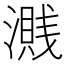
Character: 𣿽